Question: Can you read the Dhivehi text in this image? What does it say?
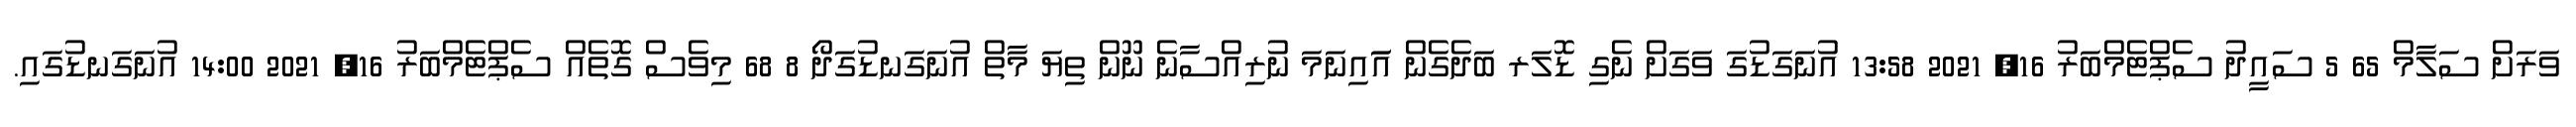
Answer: ވަރަށް ސަލާމް 65 5 ސައީދު ސެޕްޓެމްބަރު 16, 2021 13:58 އުނަގަޑުގަ ވަގަށް ނެގި ޑޮލަރ ބަދެގެން އަައިނަމަ ނުރިއްސާނެ ނޫން ތިޔަ މާތް އުނަގަނޑުގަދޯ 8 68 މިވެސް ގޮތެއް ސެޕްޓެމްބަރު 16, 2021 14:00 އުނަގަނޑުގައި.